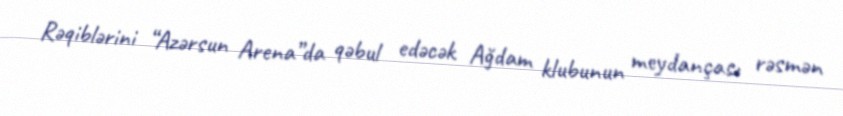
Rəqiblərini “Azərsun Arena”da qəbul edəcək Ağdam klubunun meydançası rəsmən